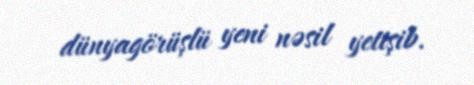
dünyagörüşlü yeni nəsil yetişib.